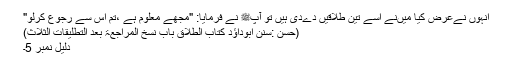
انہوں نےعرض کیا میںنے اسے تین طلاقیں دےدی ہیں تو آپﷺ نے فرمایا: "مجھے معلوم ہے ،تم اس سے رجوع کرلو"
(حسن :سنن ابوداؤد کتاب الطلاق باب نسخ المراجعۃ بعد التطلیقات الثلاث)
دلیل نمبر 5۔